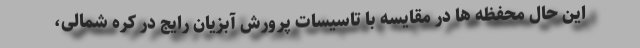
این حال محفظه ها در مقایسه با تاسیسات پرورش آبزیان رایج در کره شمالی،